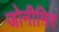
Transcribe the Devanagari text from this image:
जोनीमिर